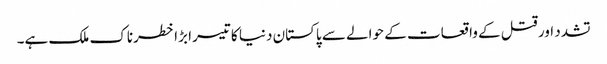
تشدد اور قتل کے واقعات کے حوالے سے پاکستان دنیا کا تیسرا بڑا خطرناک ملک ہے۔